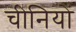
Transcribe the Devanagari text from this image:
चीनियाें